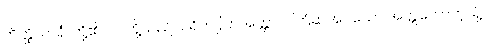
တိတ္ထိယာနံ၊ တို့၏။ ဝါ၊ တို့သည်။ ပရိကပ္ပိတအတ္တာဝ၊ ကြံဆအပ်သော အတ္တဘောကဲ့သို့။